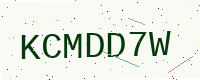
Text: KCMDD7W